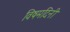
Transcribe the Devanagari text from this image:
विषमदिनी